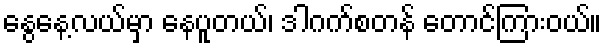
နွေနေ့လယ်မှာ နေပူတယ်၊ ဒါဂက်စတန် တောင်ကြားဝယ်။